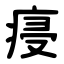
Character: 㾛